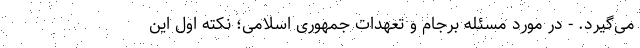
می‌گیرد. - در مورد مسئله برجام و تعهدات جمهوری اسلامی؛ نکته اول این